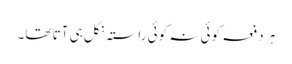
ہر دفعہ کوئی نہ کوئی راستہ نکل ہی آتا تھا۔